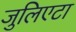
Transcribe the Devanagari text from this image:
जुलिएटा